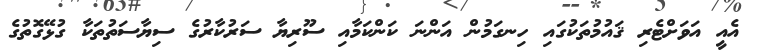
އެއީ އަވަށްޓެރި ޤައުމުތަކުގައި ހިނގަމުން އަންނަ ކަންކަމާއި ސޫރިޔާ ސަރުކާރުގެ ސިޔާސަތުތަކާ ގުޅޭގޮތުގެ